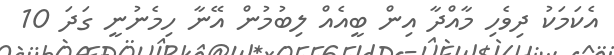
އެކަމަކު ދިވެހި މާއްދާ އިން ބީއެއް ލިބުމުން އޭނާ ހިމެނުނީ ގަދަ 10